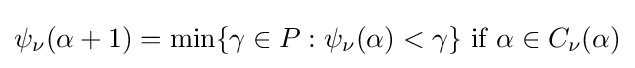
\psi _{\nu }(\alpha +1)=\min\{\gamma \in P:\psi _{\nu }(\alpha )<\gamma \}{\text{ if }}\alpha \in C_{\nu }(\alpha )